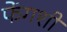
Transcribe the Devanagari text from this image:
फेंगशी